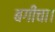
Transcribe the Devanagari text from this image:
बगीचा।